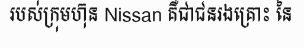
របស់ក្រុមហ៊ុន Nissan គឺជាជនរងគ្រោះ នៃ